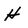
Character: H